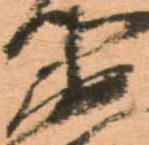
衛